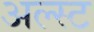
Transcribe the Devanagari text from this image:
अल्स्ट